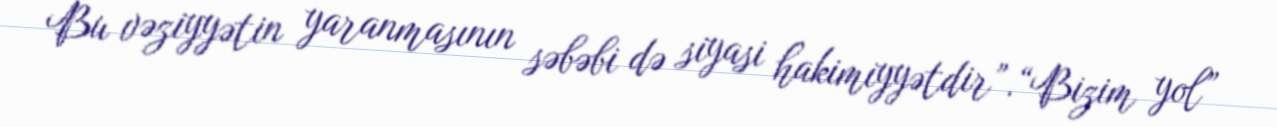
Bu vəziyyətin yaranmasının səbəbi də siyasi hakimiyyətdir”.“Bizim yol”